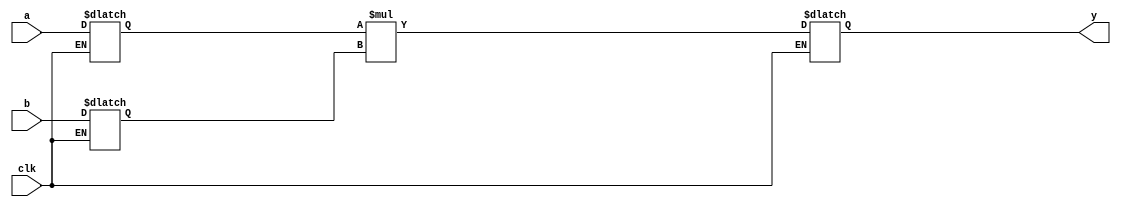

module clk_mul8x8 ( a, b, clk, y );
input [7:0] a,b;
input clk;
output [15:0] y;

reg [7:0] a_q,b_q;
reg [15:0] y;

wire [15:0] y_prod;

 //dlatches
 always @* begin
   if (clk == 1) begin
     a_q <= a;
     b_q <= b;
     y <= y_prod;
   end
 end //end always

assign y_prod = a_q * b_q;

endmodule